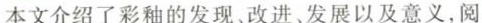
本文介绍了彩的发现、改进、发展以及意义，阅